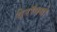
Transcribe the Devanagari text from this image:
वेरॉक्यो